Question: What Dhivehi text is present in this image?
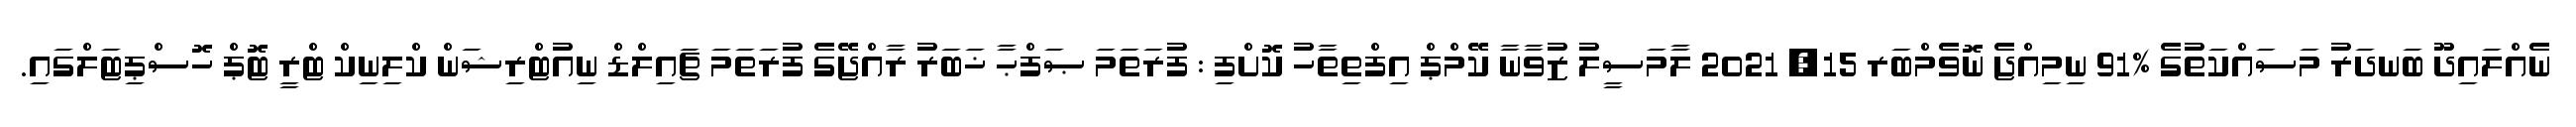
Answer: ނެއްލައިދޫ ބަނދަރު މަސައްކަތުގެ %91 ނިމިއްޖެ ނޮވެމްބަރ 15, 2021 ލާމަސީލު ޒުވާނާ ކޭމްޕް އިފްތިތާހު ކޮށްފި : ފުރަތަމަ ޞަފްޙާ ޚަބަރު ރާއްޖޭގެ ފުރަތަމަ ޗައިލްޑް ނިއުޓްރިޝަން ކްލިނިކް ޓްރީ ޓޮޕް ހޮސްޕިޓަލްގައި.